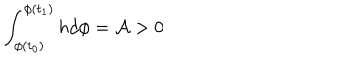
LaTeX: \int _ { \phi ( t _ { 0 } ) } ^ { \phi ( t _ { 1 } ) } h d \phi = { \cal A } > 0